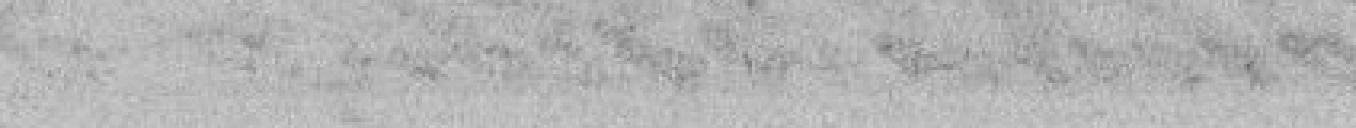
Ce qui, dans le produit du Concours généreux qu'inspirent